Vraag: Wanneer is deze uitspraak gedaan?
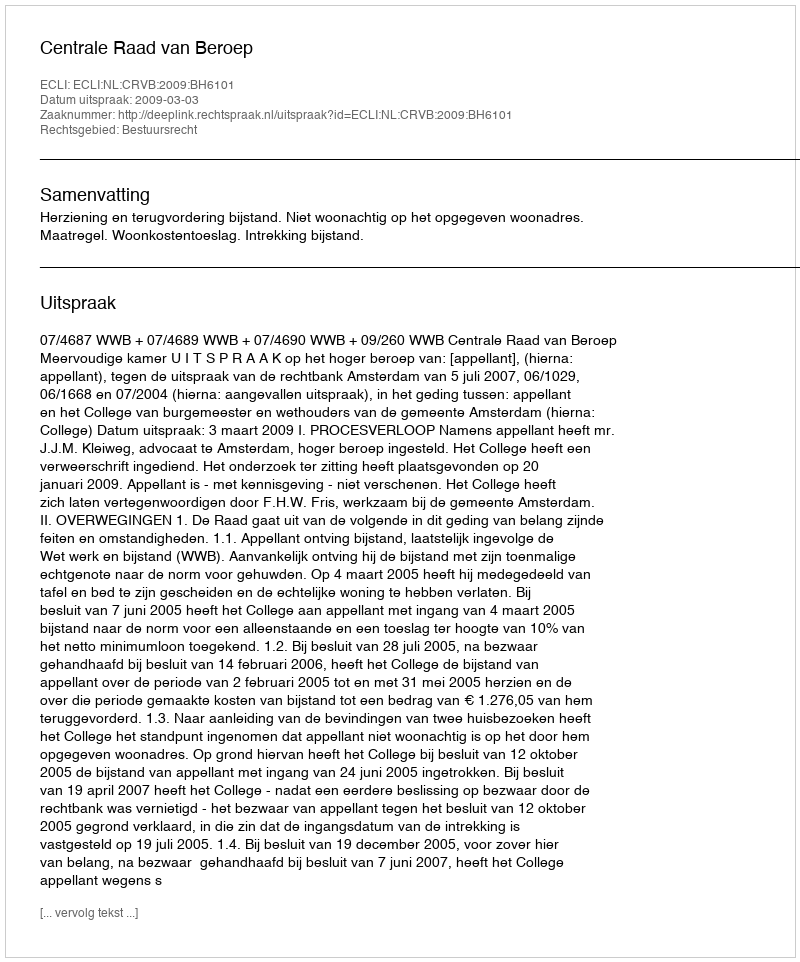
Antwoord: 2009-03-03